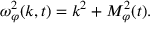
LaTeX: \omega _ { \varphi } ^ { 2 } ( k , t ) = k ^ { 2 } + { \cal M } _ { \varphi } ^ { 2 } ( t ) .